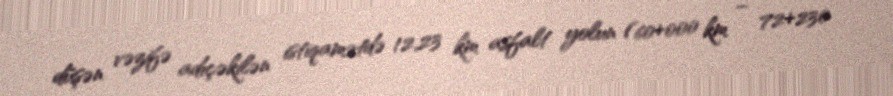
düşən vəzifə adıçəkilən istiqamətdə 12,23 km asfalt yolun (60+000 km – 72+230